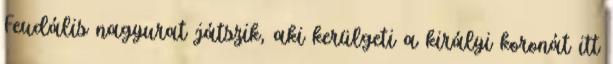
Feudális nagyurat játszik, aki kerülgeti a királyi koronát itt